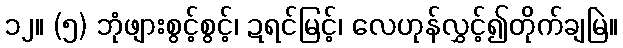
၁၂။ (၅) ဘုံဖျားစွင့်စွင့်၊ ဍရင်မြင့်၊ လေဟုန်လွှင့်၍တိုက်ချမြဲ။